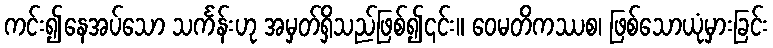
ကင်း၍နေအပ်သော သင်္ကန်းဟု အမှတ်ရှိသည်ဖြစ်၍၎င်း။ ဝေမတိကဿစ၊ ဖြစ်သောယုံမှားခြင်း